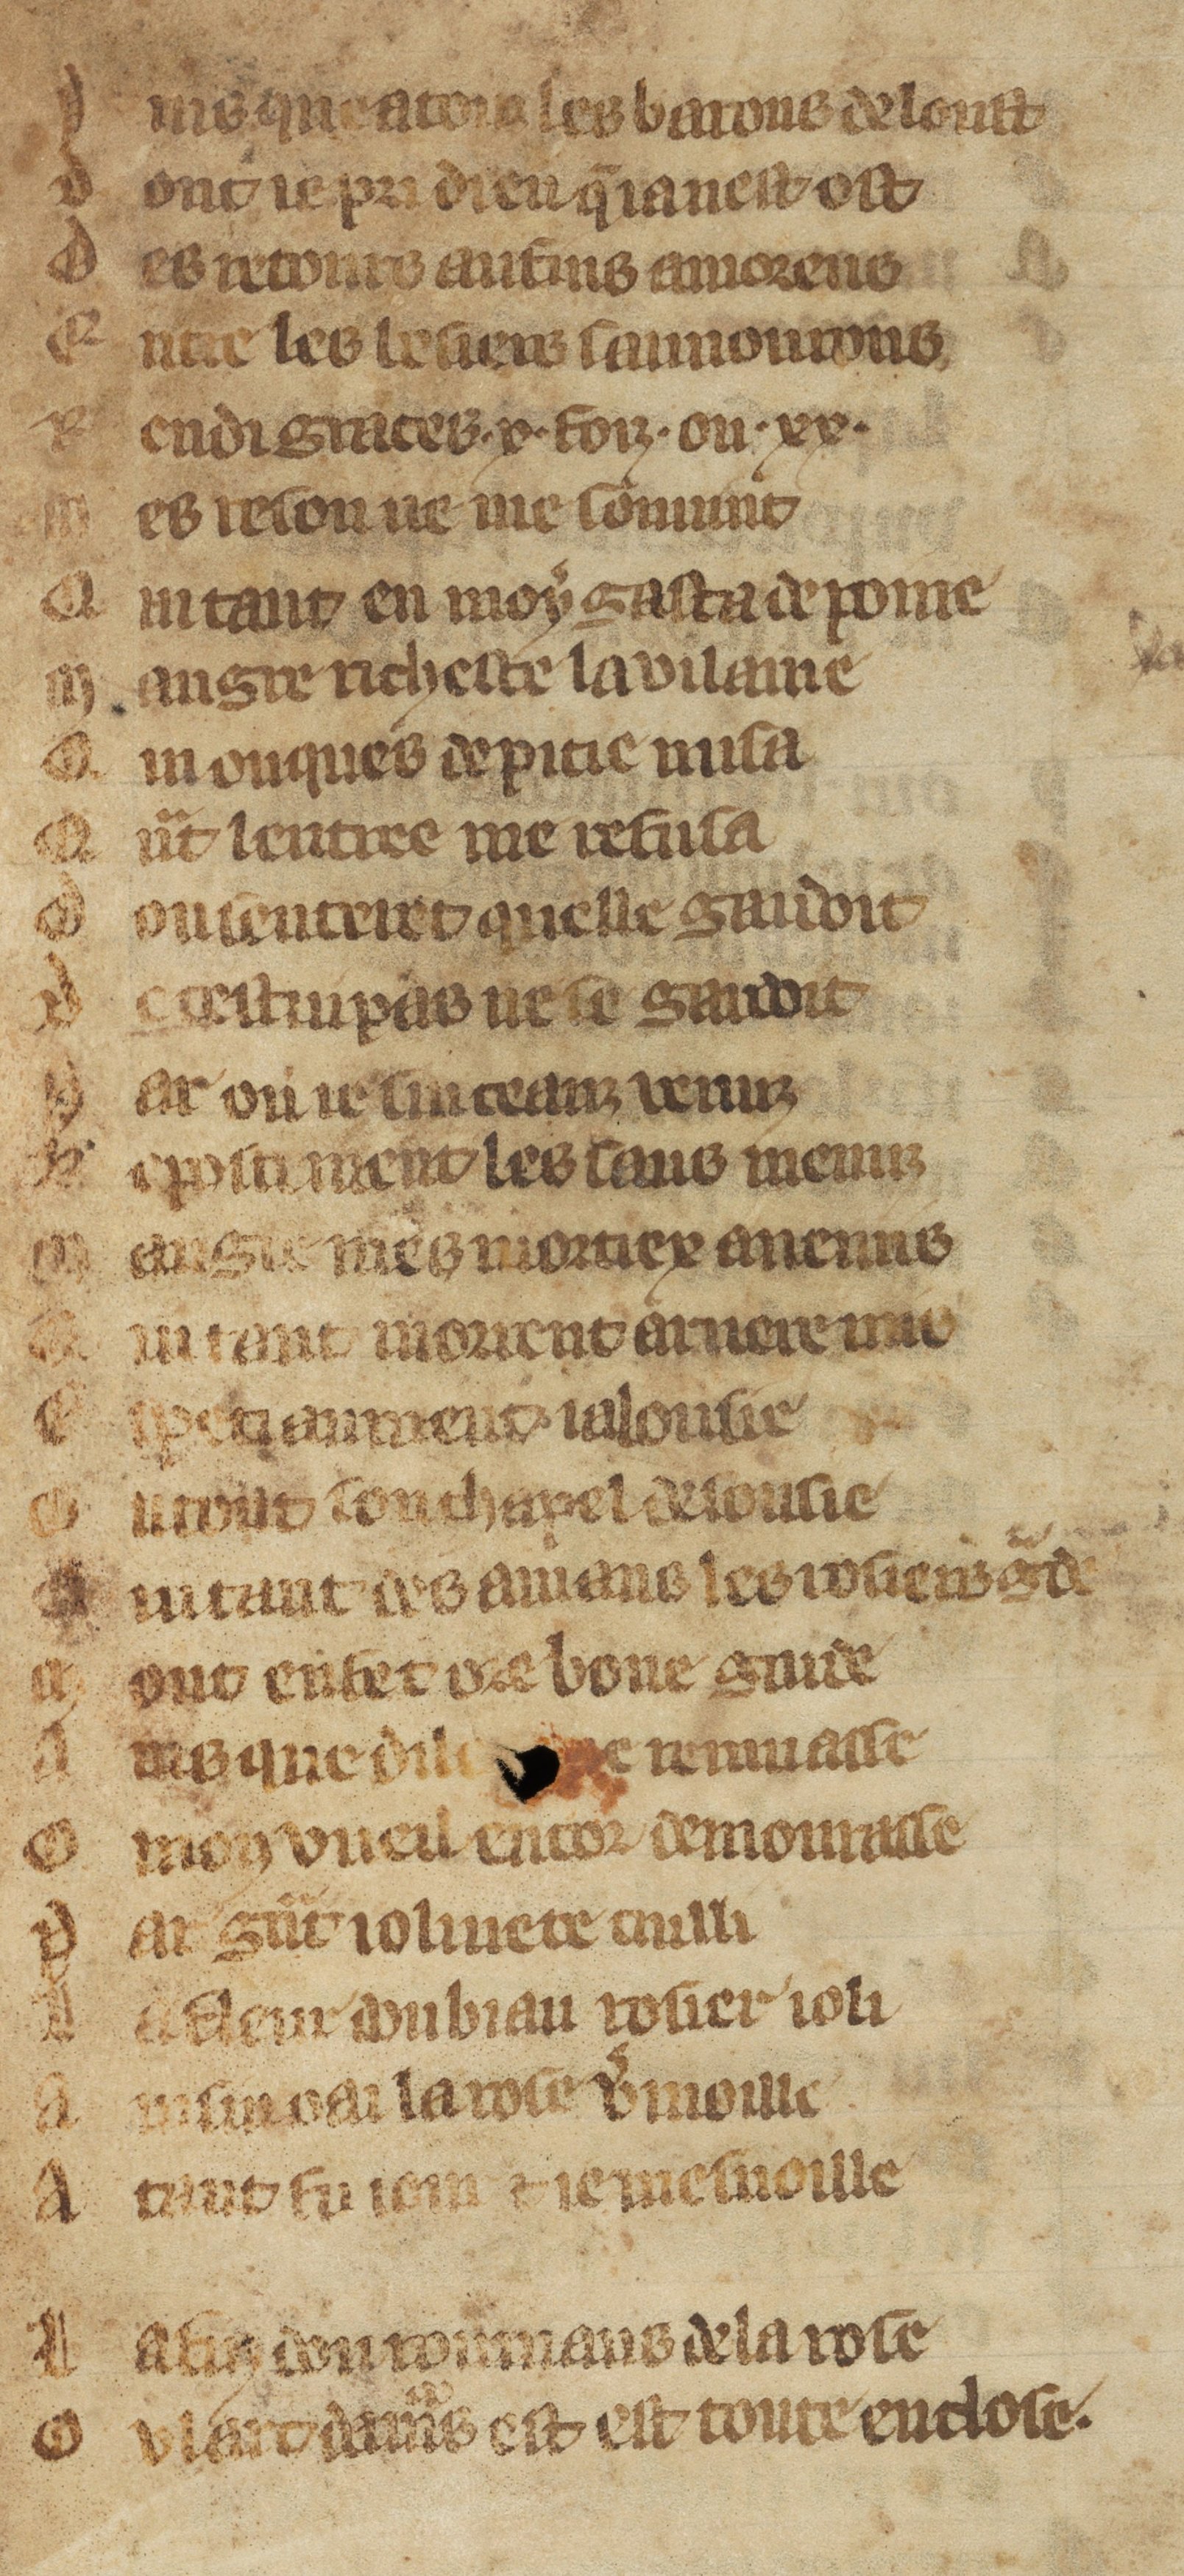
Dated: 1300–1349